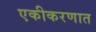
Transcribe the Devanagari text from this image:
एकीकरणात